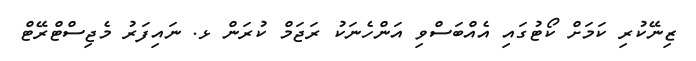
ޒިނޭކުރި ކަމަށް ކޯޓުގައި އެއްބަސްވި އަންހެނަކު ރަޖަމް ކުރަން ޅ. ނައިފަރު މެޖިސްޓްރޭޓް